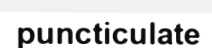
puncticulate